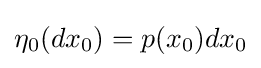
\eta _{0}(dx_{0})=p(x_{0})dx_{0}